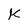
Character: K